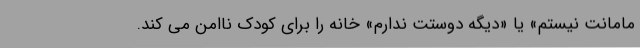
مامانت نیستم» یا «دیگه دوستت ندارم» خانه را برای کودک ناامن می کند.